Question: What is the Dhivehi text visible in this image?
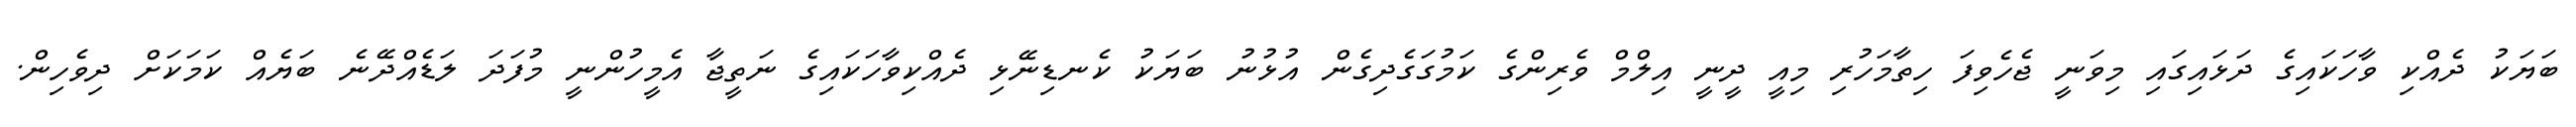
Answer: ބަޔަކު ދެއްކި ވާހަކައިގެ ދަޅައިގައި މިވަނީ ޖެހެވިފަ ހިތާމަހުރި މިއީ ދީނީ އިލްމް ވެރިންގެ ކަމުގަގެދިގެން އުޅުނު ބަޔަކު ކެނޑިނޭޅި ދެއްކިވާހަކައިގެ ނަތީޖާ އެމީހުންނީ މުފަދަ ލަޑެއްދޭނެ ބަޔެއް ކަމަކަށް ދިވެހިން.